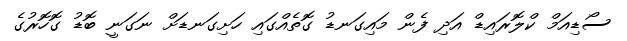
ސޯޑިއަމް ކްލޮރައިޑް އަދި ފެން މައިގަނޑު ގޮތެއްގައި ހަށިގަނޑަށް ނަގަނީ ބޮޑު ގޮހޮރުގެ